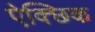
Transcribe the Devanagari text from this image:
ऐक्छिक